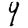
Digit: 9